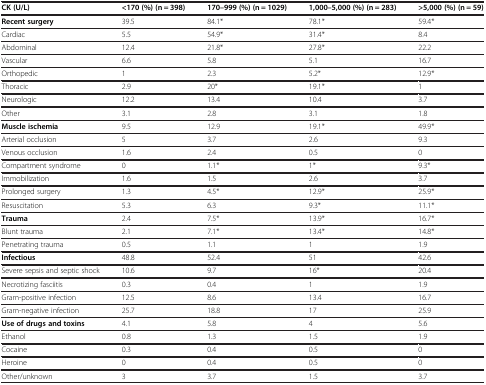
<table><thead><tr><td><b>CK (U/L)</b></td><td><b>&lt;170 (%) (n = 398)</b></td><td><b>170–999 (%) (n = 1029)</b></td><td><b>1,000–5,000 (%) (n = 283)</b></td><td><b>&gt;5,000 (%) (n = 59)</b></td></tr></thead><tbody><tr><td><b>Recent surgery</b></td><td>39.5</td><td>84.1*</td><td>78.1*</td><td>59.4*</td></tr><tr><td>Cardiac</td><td>5.5</td><td>54.9*</td><td>31.4*</td><td>8.4</td></tr><tr><td>Abdominal</td><td>12.4</td><td>21.8*</td><td>27.8*</td><td>22.2</td></tr><tr><td>Vascular</td><td>6.6</td><td>5.8</td><td>5.1</td><td>16.7</td></tr><tr><td>Orthopedic</td><td>1</td><td>2.3</td><td>5.2*</td><td>12.9*</td></tr><tr><td>Thoracic</td><td>2.9</td><td>20*</td><td>19.1*</td><td>1</td></tr><tr><td>Neurologic</td><td>12.2</td><td>13.4</td><td>10.4</td><td>3.7</td></tr><tr><td>Other</td><td>3.1</td><td>2.8</td><td>3.1</td><td>1.8</td></tr><tr><td><b>Muscle ischemia</b></td><td>9.5</td><td>12.9</td><td>19.1*</td><td>49.9*</td></tr><tr><td>Arterial occlusion</td><td>5</td><td>3.7</td><td>2.6</td><td>9.3</td></tr><tr><td>Venous occlusion</td><td>1.6</td><td>2.4</td><td>0.5</td><td>0</td></tr><tr><td>Compartment syndrome</td><td>0</td><td>1.1*</td><td>1*</td><td>9.3*</td></tr><tr><td>Immobilization</td><td>1.6</td><td>1.5</td><td>2.6</td><td>3.7</td></tr><tr><td>Prolonged surgery</td><td>1.3</td><td>4.5*</td><td>12.9*</td><td>25.9*</td></tr><tr><td>Resuscitation</td><td>5.3</td><td>6.3</td><td>9.3*</td><td>11.1*</td></tr><tr><td><b>Trauma</b></td><td>2.4</td><td>7.5*</td><td>13.9*</td><td>16.7*</td></tr><tr><td>Blunt trauma</td><td>2.1</td><td>7.1*</td><td>13.4*</td><td>14.8*</td></tr><tr><td>Penetrating trauma</td><td>0.5</td><td>1.1</td><td>1</td><td>1.9</td></tr><tr><td><b>Infectious</b></td><td>48.8</td><td>52.4</td><td>51</td><td>42.6</td></tr><tr><td>Severe sepsis and septic shock</td><td>10.6</td><td>9.7</td><td>16*</td><td>20.4</td></tr><tr><td>Necrotizing fasciitis</td><td>0.3</td><td>0.4</td><td>1</td><td>1.9</td></tr><tr><td>Gram-positive infection</td><td>12.5</td><td>8.6</td><td>13.4</td><td>16.7</td></tr><tr><td>Gram-negative infection</td><td>25.7</td><td>18.8</td><td>17</td><td>25.9</td></tr><tr><td><b>Use of drugs and toxins</b></td><td>4.1</td><td>5.8</td><td>4</td><td>5.6</td></tr><tr><td>Ethanol</td><td>0.8</td><td>1.3</td><td>1.5</td><td>1.9</td></tr><tr><td>Cocaine</td><td>0.3</td><td>0.4</td><td>0.5</td><td>0</td></tr><tr><td>Heroine</td><td>0</td><td>0.4</td><td>0.5</td><td>0</td></tr><tr><td>Other/unknown</td><td>3</td><td>3.7</td><td>1.5</td><td>3.7</td></tr></tbody></table>